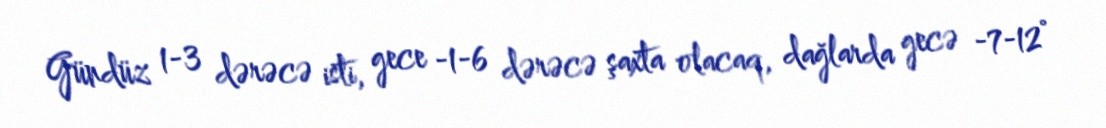
Gündüz 1-3 dərəcə isti, gece -1-6 dərəcə şaxta olacaq, dağlarda gecə -7-12°